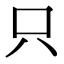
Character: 只